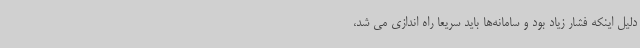
دلیل اینکه فشار زیاد بود و سامانه‌ها باید سریعا راه اندازی می شد،